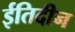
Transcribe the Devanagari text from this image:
ईतिदीन